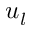
u _ { l }